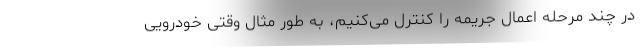
در چند مرحله اعمال جریمه را کنترل می‌کنیم، به طور مثال وقتی خودرویی